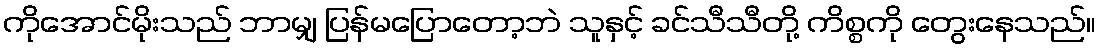
ကိုအောင်မိုးသည် ဘာမျှ ပြန်မပြောတော့ဘဲ သူနှင့် ခင်သီသီတို့ ကိစ္စကို တွေးနေသည်။